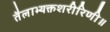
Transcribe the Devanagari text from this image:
तैलाभ्यक्तशरीरिणी॥